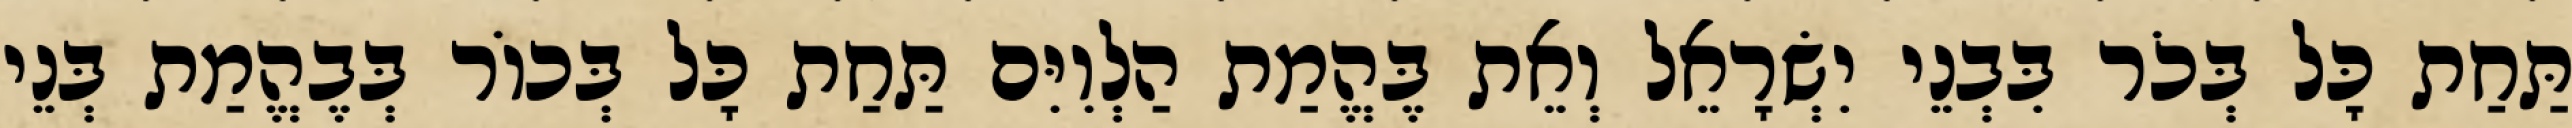
תַּחַת כָּל בְּכֹר בִּבְנֵי יִשְׂרָאֵל וְאֵת בֶּהֱמַת הַלְוִיִּם תַּחַת כָּל בְּכוֹר בְּבֶהֱמַת בְּנֵי